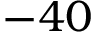
- 4 0